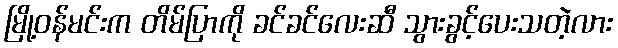
မြို့ဝန်မင်းက တိမ်ပြာကို ခင်ခင်လေးဆီ သွားခွင့်ပေးသတဲ့လား